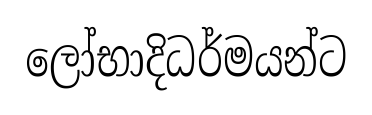
ලෝභාදිධර්මයන්ට